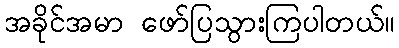
အခိုင်အမာ ဖော်ပြသွားကြပါတယ်။